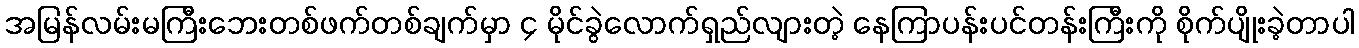
အမြန်လမ်းမကြီးဘေးတစ်ဖက်တစ်ချက်မှာ ၄ မိုင်ခွဲလောက်ရှည်လျားတဲ့ နေကြာပန်းပင်တန်းကြီးကို စိုက်ပျိုးခဲ့တာပါ